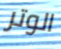
الوتر